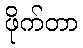
ဖိုက်တာ